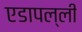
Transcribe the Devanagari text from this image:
एडापल्ली